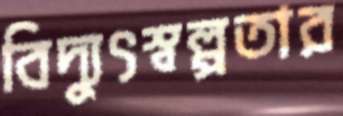
বিদ্যুৎস্বল্পতার